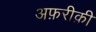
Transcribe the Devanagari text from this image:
अफ़रीक़ी